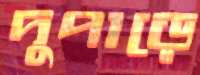
দুপাড়ে